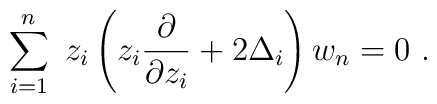
\sum^n_{i=1}\  z_i \left(z_i{\partial\over \partial z_i}+2\Delta_i\right) w_n =0\ .